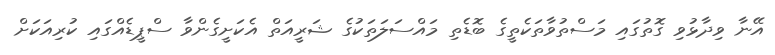
އޭނާ ވިދާޅުވި ގޮތުގައި މަސްތުވާތަކެތީގެ ބޮޑެތި މައްސަލަތަކުގެ ޝަރީއަތް އެކަށީގެންވާ ސްޕީޑެއްގައި ކުރިއަކަށް